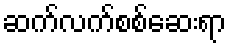
ဆက်လက်စစ်ဆေးရာ